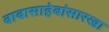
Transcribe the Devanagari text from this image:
बाबासाहेबांसारखा